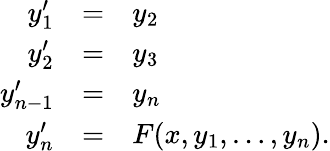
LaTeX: \begin{array}{rcl}{y_{1}^{\prime}}&{=}&{y_{2}}\\ {y_{2}^{\prime}}&{=}&{y_{3}}\\ {y_{n-1}^{\prime}}&{=}&{y_{n}}\\ {y_{n}^{\prime}}&{=}&{F(x,y_{1},\ldots,y_{n}).}\end{array}